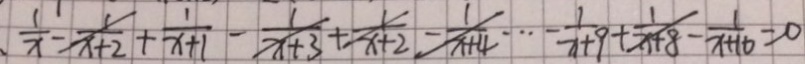
\frac { 1 } { x } - \frac { 1 } { x + 2 } + \frac { 1 } { x + 1 } - \frac { 1 } { x + 3 } + \frac { 1 } { x + 2 } - \frac { 1 } { x + 4 } \dot { s } - \frac { 1 } { x + 9 } + \frac { 1 } { x + 8 } - \frac { 1 } { x + 1 0 } = 0